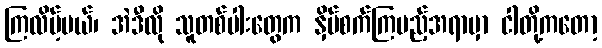
ကြလိမ့်မယ်၊ အဲဒီလို သူတစ်ပါးတွေက နှိပ်စက်ကြမည့်အရာမှာ ငါတို့ကတော့